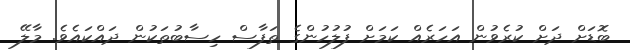
ބޮޑަށް ދަށް ކުރެވުން އަހަރެއް ކަމަށް ފުލުހުންގެ ތަފާސް ހިސާބުތަކުން ދައްކައެވެ. މާލޭ